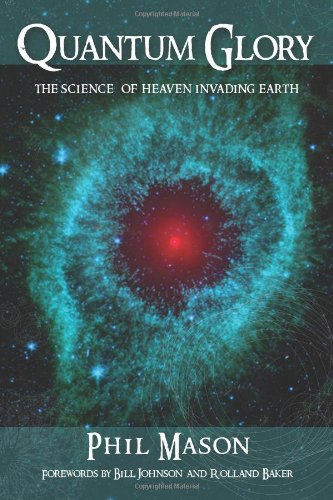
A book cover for Quantum Glory; Phil Mason; Christian Books & Bibles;